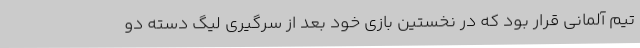
تیم آلمانی قرار بود که در نخستین بازی خود بعد از سرگیری لیگ دسته دو